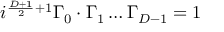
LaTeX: i ^ { \frac { D + 1 } { 2 } + 1 } \Gamma _ { 0 } \cdot \Gamma _ { 1 } \ldots \Gamma _ { D - 1 } = 1